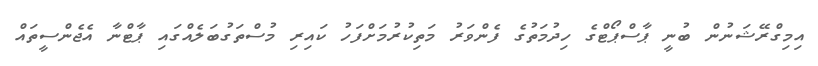
އިމިގްރޭޝަނުން ބުނީ ޕާސްޕޯޓްގެ ހިދުމަތުގެ ފެންވަރު މަތިކުރުމަށްފަހު ކައިރި މުސްތަގުބަލެއްގައި ޕާޓްނާ އެޖެންސީތައް